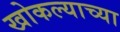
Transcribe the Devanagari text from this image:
खोकल्याच्या